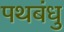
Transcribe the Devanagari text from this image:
पथबंधु